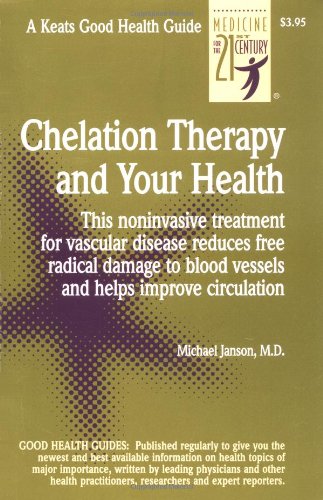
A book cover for Chelation Therapy and Your Health; Michael Janson; Health, Fitness & Dieting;